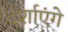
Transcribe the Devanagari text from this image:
दर्शाएंगे